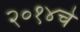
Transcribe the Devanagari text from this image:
२०१४चे